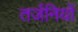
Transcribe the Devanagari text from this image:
तर्जनियों